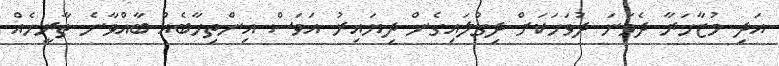
އަދި މުޒާހަރާ ދެވަނަ ދުވަހަކަށް ދިގުލައިގެން ދިޔައިރު އަވަސް އިންތިހާބެއް ބާއްވާނެ ތާރީހެއް